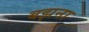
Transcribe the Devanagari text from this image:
बझना